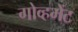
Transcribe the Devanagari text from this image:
गोव्हमेंट